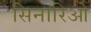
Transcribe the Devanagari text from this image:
सिनारिओ